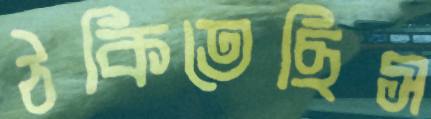
ঠকিতেছিস